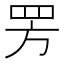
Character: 𬙙